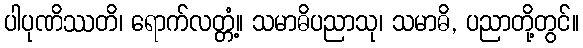
ပါပုဏိဿတိ၊ ရောက်လတ္တံ့။ သမာဓိပညာသု၊ သမာဓိ, ပညာတို့တွင်။